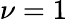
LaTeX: \nu=1